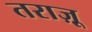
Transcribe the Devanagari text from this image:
तराज़ू़